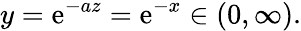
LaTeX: y=\mathrm{e}^{-az}=\mathrm{e}^{-x}\in(0,\infty).